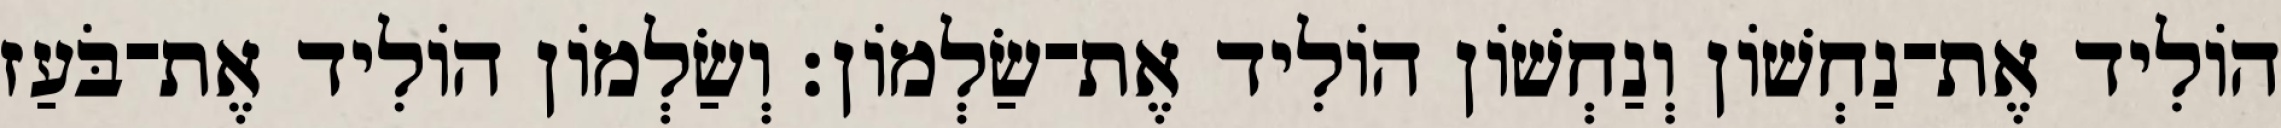
הוֹלִיד אֶת־נַחְשׁוֹן וְנַחְשׁוֹן הוֹלִיד אֶת־שַׂלְמוֹן׃ וְשַׂלְמוֹן הוֹלִיד אֶת־בֹּעַז